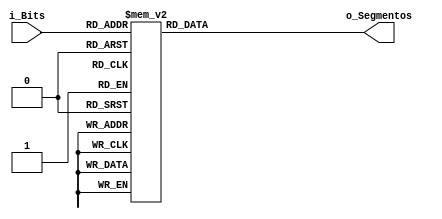
module Deco_binario_7seg(                             //nombre del mdulo    
  input [3:0] i_Bits,                                 //entrada de 4 bits llamada i_bits
  output reg [6:0] o_Segmentos                        //salida de 7 bits llamada o_segmentos
  );
always@(i_Bits)                                       //funcin que se ejecuta en forma de bucle
  begin                                               //Se engloba el proceso en un bloque
    case(i_Bits)                                      //case para que segun el valor de i_bits se asignar cierto valor a o_segmentos
      4'b0000: o_Segmentos = 7'b0000001;              //0
      4'b0001: o_Segmentos = 7'b1001111;              //1
      4'b0010: o_Segmentos = 7'b0010010;              //2
      4'b0011: o_Segmentos = 7'b0000110;              //3
      4'b0100: o_Segmentos = 7'b1001100;              //4
      4'b0101: o_Segmentos = 7'b0100100;              //5
      4'b0110: o_Segmentos = 7'b0100000;              //6
      4'b0111: o_Segmentos = 7'b0001111;              //7
      4'b1000: o_Segmentos = 7'b0000000;              //8
      4'b1001: o_Segmentos = 7'b0001100;              //9
      4'b1010: o_Segmentos = 7'b0001000;              //A
      4'b1011: o_Segmentos = 7'b1100000;              //B
      4'b1100: o_Segmentos = 7'b0110001;              //C
      4'b1101: o_Segmentos = 7'b1000010;              //D
      4'b1110: o_Segmentos = 7'b0110000;              //E
      4'b1111: o_Segmentos = 7'b0111000;              //F
      default: o_Segmentos = 7'b1111111;              //Por defecto estn apagados
    endcase                                           //se cierra el case                                         
  end                                                 //termina el bloque
endmodule                                             //termina el mdulo